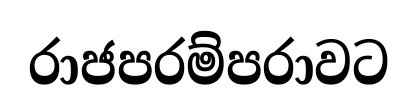
රාජපරම්පරාවට